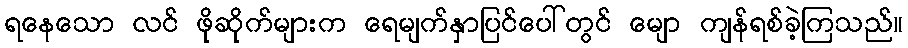
ရနေသော လင် ဖိုဆိုက်များက ရေမျက်နှာပြင်ပေါ်တွင် မျော ကျန်ရစ်ခဲ့ကြသည်။